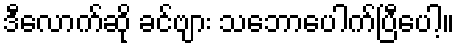
ဒီလောက်ဆို ခင်ဗျား သဘောပေါက်ပြီပေါ့။